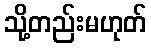
သို့တည်းမဟုတ်